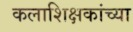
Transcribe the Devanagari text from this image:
कलाशिक्षकांच्या